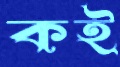
কই